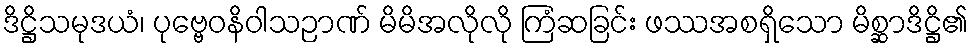
ဒိဋ္ဌိသမုဒယံ၊ ပုဗ္ဗေဝနိဝါသဉာဏ် မိမိအလိုလို ကြံဆခြင်း ဖဿအစရှိသော မိစ္ဆာဒိဋ္ဌိ၏